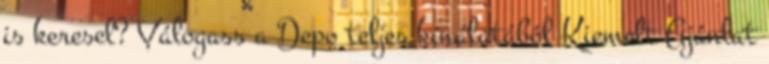
is keresel? Válogass a Depo teljes kínálatából Kiemelt Ajánlat